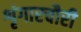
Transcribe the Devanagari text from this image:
शृंगारचौरी